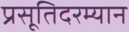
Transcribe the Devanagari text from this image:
प्रसूतिदरम्यान